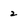
Character: 2